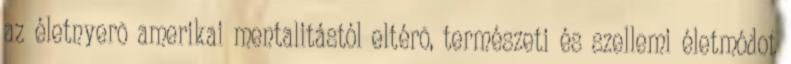
az életnyerõ amerikai mentalitástól eltérõ, természeti és szellemi életmódot